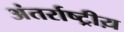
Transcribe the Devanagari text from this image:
अंतर्राष्ट्रीय़